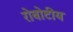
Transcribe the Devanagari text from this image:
रोबोटीय